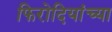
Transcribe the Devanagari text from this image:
फिरोदियांच्या